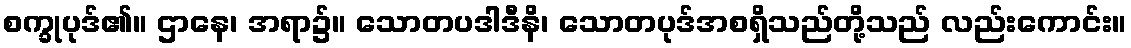
စက္ခုပုဒ်၏။ ဌာနေ၊ အရာ၌။ သောတပဒါဒီနိ၊ သောတပုဒ်အစရှိသည်တို့သည် လည်းကောင်း။